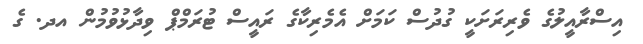
އިސްރާއީލުގެ ވެރިރަށަކީ ގުދުސް ކަމަށް އެމެރިކާގެ ރައީސް ޓުރަމްޕް ވިދާޅުވުމުން އދ. ގެ